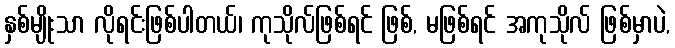
နှစ်မျိုးသာ လိုရင်းဖြစ်ပါတယ်၊ ကုသိုလ်ဖြစ်ရင် ဖြစ်, မဖြစ်ရင် အကုသိုလ် ဖြစ်မှာပဲ,